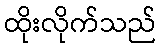
ထိုးလိုက်သည်